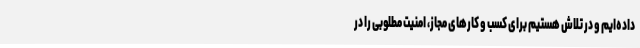
داده‌ایم و در تلاش هستیم برای کسب و کارهای مجاز، امنیت مطلوبی را در